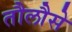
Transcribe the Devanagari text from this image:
तौलौसे